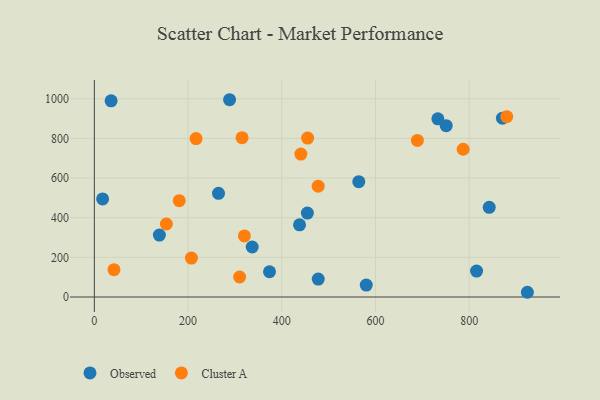
{"axis": {"x": "Investment", "y": "Profit"}, "legend": ["Cluster A", "Observed"], "data": [{"x": "477.8", "y": 90.7, "type": "Observed"}, {"x": "35.8", "y": 989.3, "type": "Observed"}, {"x": "750.9", "y": 864.0, "type": "Observed"}, {"x": "437.9", "y": 364.0, "type": "Observed"}, {"x": "265.0", "y": 522.8, "type": "Observed"}, {"x": "842.7", "y": 452.5, "type": "Observed"}, {"x": "564.3", "y": 582.0, "type": "Observed"}, {"x": "17.7", "y": 494.5, "type": "Observed"}, {"x": "815.7", "y": 130.8, "type": "Observed"}, {"x": "733.1", "y": 898.6, "type": "Observed"}, {"x": "454.6", "y": 423.2, "type": "Observed"}, {"x": "373.8", "y": 127.5, "type": "Observed"}, {"x": "924.1", "y": 23.9, "type": "Observed"}, {"x": "580.3", "y": 60.1, "type": "Observed"}, {"x": "288.6", "y": 995.1, "type": "Observed"}, {"x": "336.9", "y": 252.3, "type": "Observed"}, {"x": "870.9", "y": 902.1, "type": "Observed"}, {"x": "138.8", "y": 312.6, "type": "Observed"}, {"x": "207.2", "y": 196.5, "type": "Cluster A"}, {"x": "787.1", "y": 745.4, "type": "Cluster A"}, {"x": "41.9", "y": 138.1, "type": "Cluster A"}, {"x": "880.1", "y": 909.5, "type": "Cluster A"}, {"x": "455.2", "y": 801.6, "type": "Cluster A"}, {"x": "217.1", "y": 799.1, "type": "Cluster A"}, {"x": "320.2", "y": 308.1, "type": "Cluster A"}, {"x": "689.4", "y": 790.0, "type": "Cluster A"}, {"x": "477.7", "y": 558.9, "type": "Cluster A"}, {"x": "440.7", "y": 720.8, "type": "Cluster A"}, {"x": "315.3", "y": 803.9, "type": "Cluster A"}, {"x": "181.2", "y": 485.7, "type": "Cluster A"}, {"x": "153.7", "y": 368.3, "type": "Cluster A"}, {"x": "310.0", "y": 100.9, "type": "Cluster A"}]}